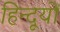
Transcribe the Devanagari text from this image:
हिन्दूयों